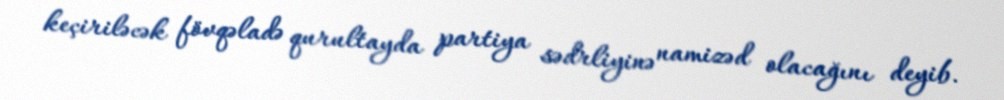
keçiriləcək fövqəladə qurultayda partiya sədrliyinə namizəd olacağını deyib.